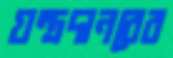
যন্ত্রদানবের